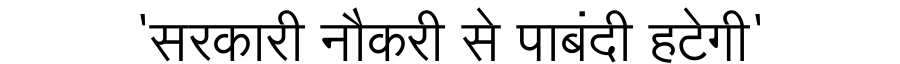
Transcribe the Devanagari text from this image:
'सरकारी नौकरी से पाबंदी हटेगी'